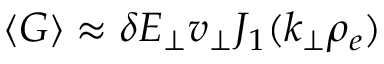
\langle G \rangle \approx \delta E _ { \perp } v _ { \perp } J _ { 1 } ( k _ { \perp } \rho _ { e } )